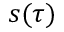
s ( \tau )